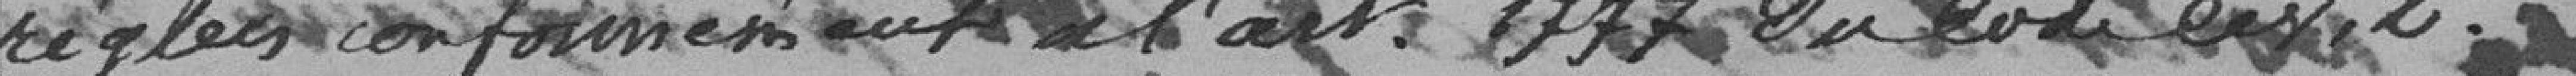
réglées conformément à l'art.1777 du code civil.